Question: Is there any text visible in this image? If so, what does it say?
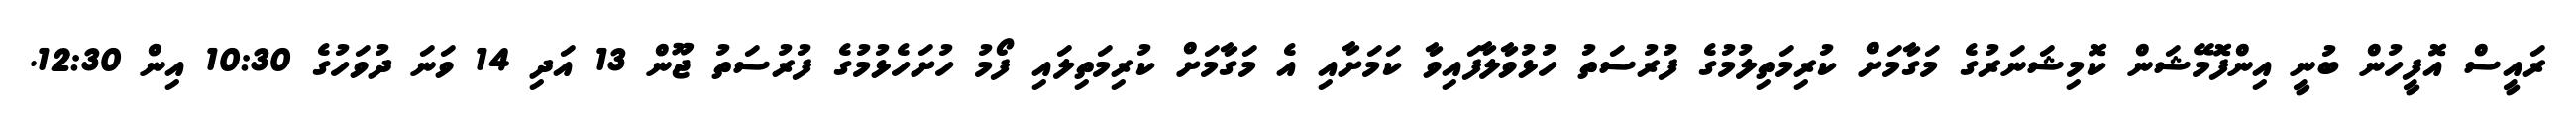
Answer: ރައީސް އޮފީހުން ބުނީ އިންފޮމޭޝަން ކޮމިޝަނަރުގެ މަގާމަށް ކުރިމަތިލުމުގެ ފުރުސަތު ހުޅުވާލާފައިވާ ކަމަށާއި އެ މަގާމަށް ކުރިމަތިލައި ފޯމު ހުށަހެޅުމުގެ ފުރުސަތު ޖޫން 13 އަދި 14 ވަނަ ދުވަހުގެ 10:30 އިން 12:30.